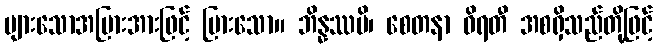
များသောအပြားအားဖြင့် ပြားသော။ ဘိန္နဿပိ၊ စေတနာ ဝိရတီ အစရှိသည်တို့ဖြင့်